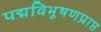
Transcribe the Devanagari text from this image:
पद्मविभूषणप्राप्त